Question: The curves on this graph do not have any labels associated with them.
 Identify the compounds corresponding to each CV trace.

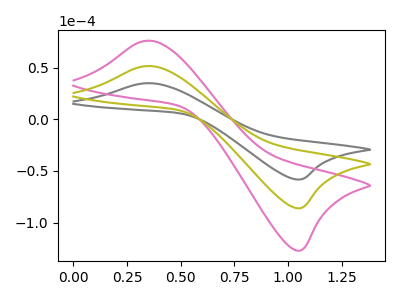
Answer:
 <answer>The gray curve does not have a label. The pink curve does not have a label. The olive curve does not have a label.</answer>
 <eval></eval>